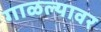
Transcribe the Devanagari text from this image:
गाळल्यावर